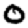
Digit: 0